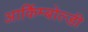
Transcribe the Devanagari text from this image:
आर्किम्बोल्डी